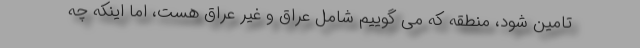
تامین شود، منطقه که می گوییم شامل عراق و غیر عراق هست، اما اینکه چه